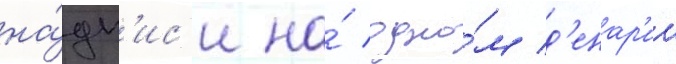
на́дп'ис'и на́ одно́м д'енар'ии